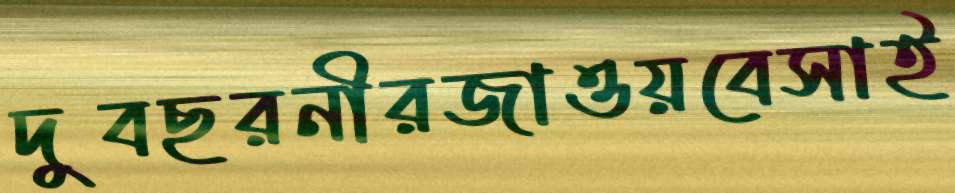
দুবছরনীরজাওয়বেসাই